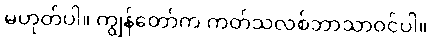
မဟုတ်ပါ။ ကျွန်တော်က ကတ်သလစ်ဘာသာဝင်ပါ။